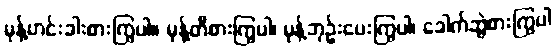
မုန့်ဟင်းခါးစားကြွပါ။ မုန့်တီစားကြွပါ၊ မုန့်ဘုဉ်းပေးကြွပါ၊ ခေါက်ဆွဲစားကြွပါ